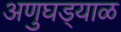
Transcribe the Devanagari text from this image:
अणुघड्याळ